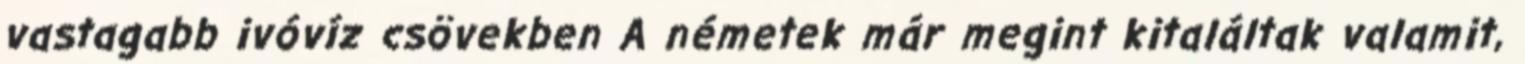
vastagabb ivóvíz csövekben A németek már megint kitaláltak valamit,